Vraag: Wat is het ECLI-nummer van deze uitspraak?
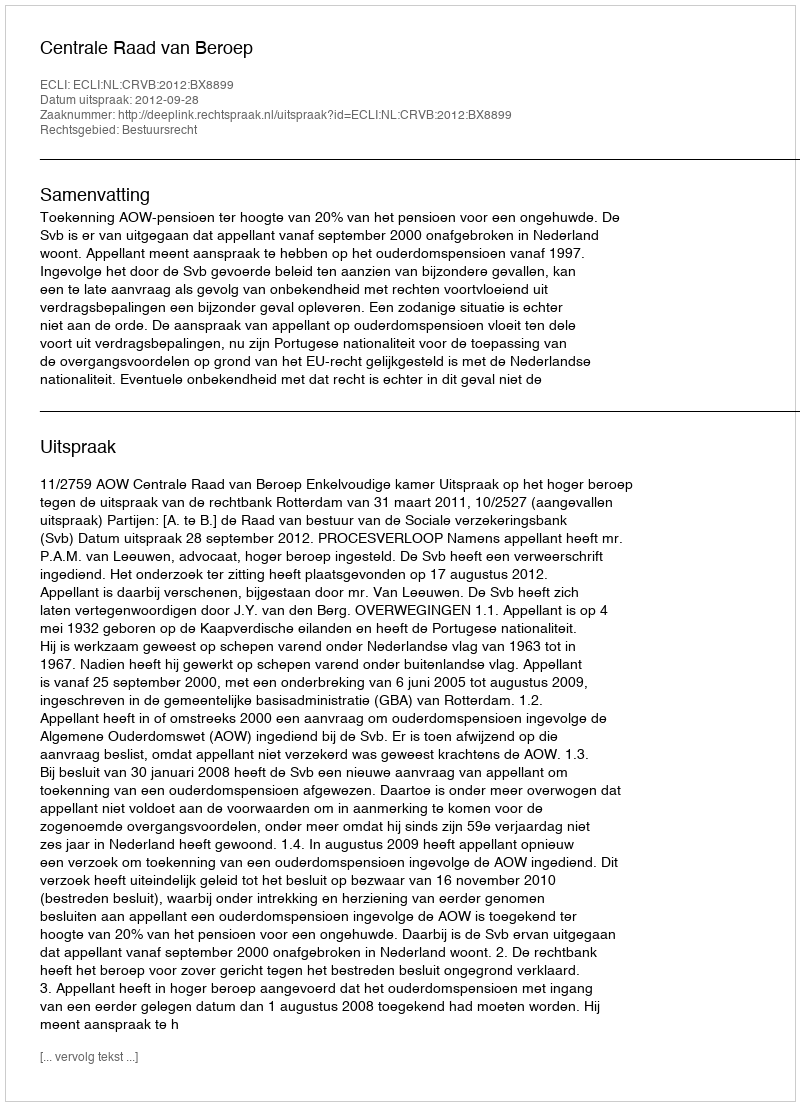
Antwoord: ECLI:NL:CRVB:2012:BX8899